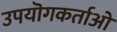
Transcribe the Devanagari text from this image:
उपयॊगकर्ताओ